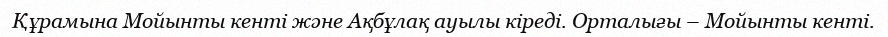
Құрамына Мойынты кенті және Ақбұлақ ауылы кіреді. Орталығы – Мойынты кенті.